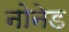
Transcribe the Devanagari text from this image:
नोनेड